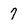
Character: 7